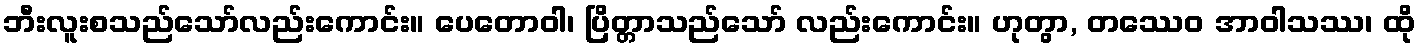
ဘီးလူးစသည်သော်လည်းကောင်း။ ပေတောဝါ၊ ပြိတ္တာသည်သော် လည်းကောင်း။ ဟုတွာ, တဿေဝ အာဝါသဿ၊ ထို